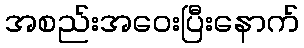
အစည်းအဝေးပြီးနောက်